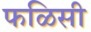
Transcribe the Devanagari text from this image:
फळिसी